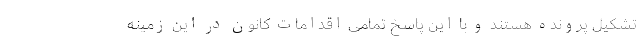
تشکیل پرونده هستند و با این پاسخ تمامی اقدامات کانون در این زمینه